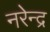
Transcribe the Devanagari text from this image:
नरेेन्द्र